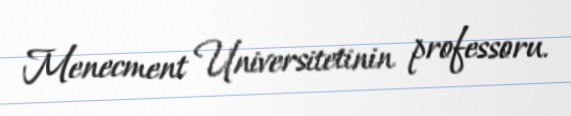
Menecment Universitetinin professoru.